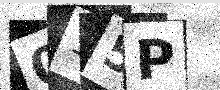
Text: 015P